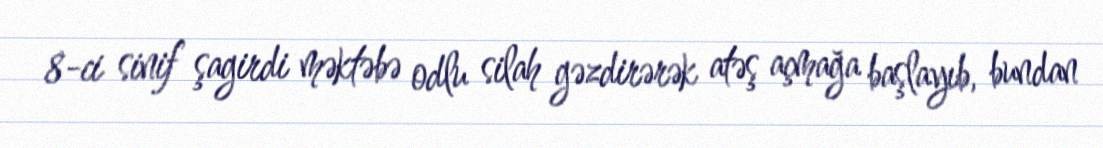
8-ci sinif şagirdi məktəbə odlu silah gəzdirərək atəş açmağa başlayıb, bundan